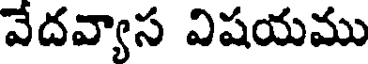
వేదవ్యాస విషయము